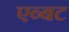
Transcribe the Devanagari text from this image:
एब्बट